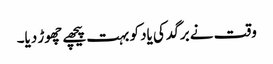
وقت نے برگد کی یاد کو بہت پیچھے چھوڑ دیا۔